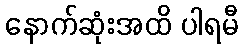
နောက်ဆုံးအထိ ပါရမီ